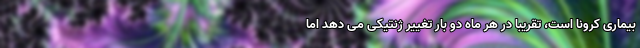
بیماری کرونا است، تقریبا در هر ماه دو بار تغییر ژنتیکی می دهد اما